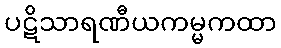
ပဋိသာရဏီယကမ္မကထာ